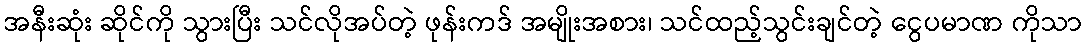
အနီးဆုံး ဆိုင်ကို သွားပြီး သင်လိုအပ်တဲ့ ဖုန်းကဒ် အမျိုးအစား၊ သင်ထည့်သွင်းချင်တဲ့ ငွေပမာဏ ကိုသာ